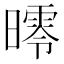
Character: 㬡